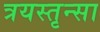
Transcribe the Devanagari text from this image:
त्रयस्तृन्सा